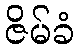
ဇိမ်ခံ